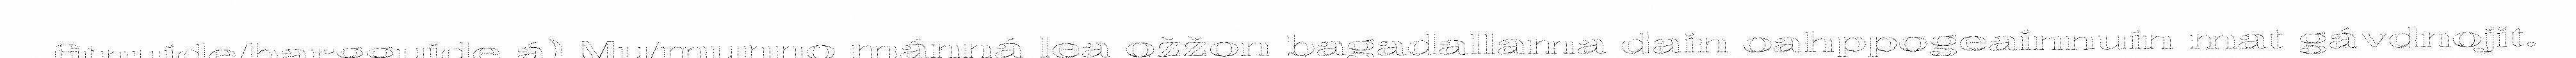
fitnuide/bargguide á) Mu/munno mánná lea ožžon bagadallama dain oahppogeainnuin mat gávdnojit.